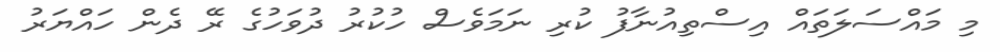
މި މައްސަލަތައް އިސްތިއުނާފު ކުރި ނަމަވެސް ހުކުރު ދުވަހުގެ ރޭ ދެން ހައްޔަރު